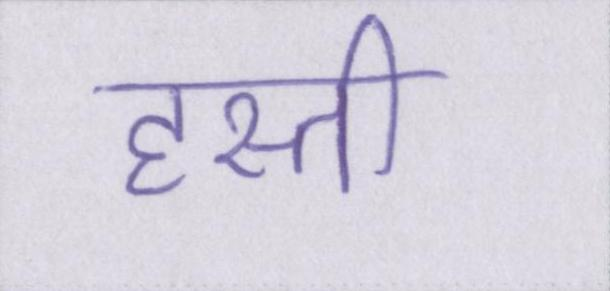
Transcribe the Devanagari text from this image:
हस्ती